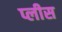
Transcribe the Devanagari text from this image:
प्लीस